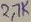
Text: 2.7K